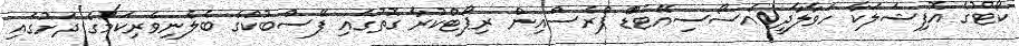
ކޯޓުގެ އޮފިޝަލަކާ ހަވާލާދީ އެސޯސިއޭޓެޑްް ޕްރެސްއިން ރިޕޯޓްކުރާ ގޮތުގައި ފޭސްބުކްގެ ބެލެނިވެރިކަމުގެ ދަށުގައި